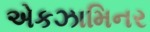
એકઝામિનર